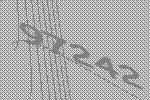
97242